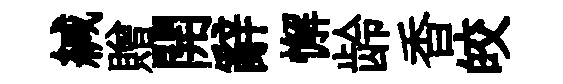
緘贈開辭懈龄香皎